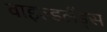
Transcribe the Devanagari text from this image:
वाइल्डलैंड्स